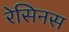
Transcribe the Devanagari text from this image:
रेसिनस